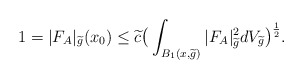
\begin{align*}1=|F_{A}|_{\widetilde{g}}(x_{0})\leq\widetilde{c}\big{(}\int_{B_{1}(x,\widetilde{g})}|F_{A}|_{\widetilde{g}}^{2}dV_{\widetilde{g}}\big{)}^{\frac{1}{2}}.\end{align*}